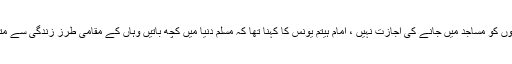
اس سوال پر کہ دنیا میں بہت سے ممالک میں غیر مسلموں کو مساجد میں جانے کی اجازت نہیں ، امام ہیتم یونس کا کہنا تھا کہ مسلم دنیا میں کچھ باتیں وہاں کے مقامی طرز زندگی سے متعلق ہیں اور وہ اسلام کی مکمل تصویر پیش نہیں کرتیں۔